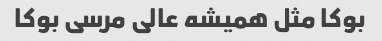
بوکا مثل همیشه عالی مرسی بوکا